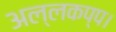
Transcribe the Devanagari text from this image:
अल्लकप्प।